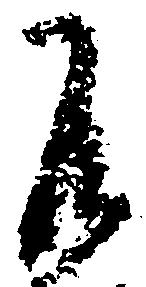
不